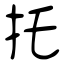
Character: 托